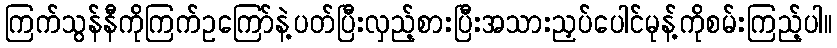
ကြက်သွန်နီကိုကြက်ဥကြော်နဲ့ပတ်ပြီးလှည့်စားပြီးအသားညှပ်ပေါင်မုန့်ကိုစမ်းကြည့်ပါ။